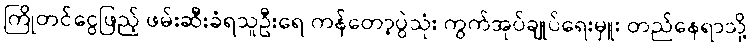
ကြိုတင်ငွေဖြည့် ဖမ်းဆီးခံရသူဦးရေ ကန်တော့ပွဲသုံး ကွက်အုပ်ချုပ်ရေးမှူး တည်နေရာသို့